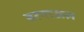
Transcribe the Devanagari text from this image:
बरनाऊल